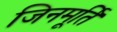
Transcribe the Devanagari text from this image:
जिनमूर्ति